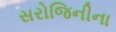
સરોજિનીના